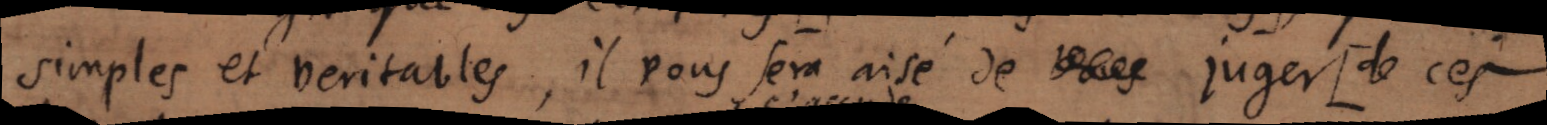
simples et veritables, il vous sera aisé de vous juger [de ces